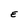
Character: E